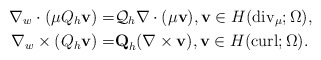
\begin{align*}\nabla_w \cdot(\mu Q_h \textbf{v})=&{\cal Q}_h \nabla \cdot(\mu\textbf{v}), \textbf{v}\in H({\rm div}_\mu;\Omega),\\\nabla_w \times (Q_h \textbf{v})=& \textbf{Q}_h (\nabla \times\textbf{v}), \textbf{v}\in H({\rm curl};\Omega).\end{align*}